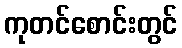
ကုတင်စောင်းတွင်